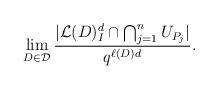
LaTeX: \begin{align*} \lim_{D \in \mathcal{D}} \frac{\vert \mathcal{L}(D)_I^d \cap \bigcap_{j=1}^n U_{P_j}\vert }{ q^{\ell(D)d}}. \end{align*}